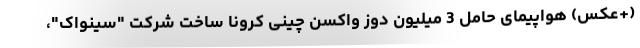
(+عکس) هواپیمای حامل 3 میلیون دوز واکسن چینی کرونا ساخت شرکت "سینواک"،